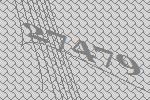
27479